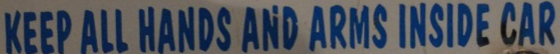
KEEP ALL HANDS AND ARMS INSIDE CAR